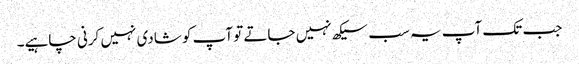
جب تک آپ یہ سب سیکھ نہیں جاتے تو آپ کو شادی نہیں کرنی چاہیے۔